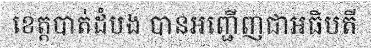
ខេត្តបាត់ដំបង បានអញ្ជើញជាអធិបតី